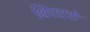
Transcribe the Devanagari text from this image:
थिएटरो